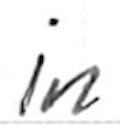
Text: in
Cross-out: clean
Writing tool: ballpoint